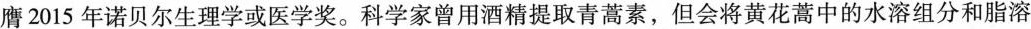
膺2015年诺贝尔生理学或医学奖。科学家曾用酒精提取青蒿素，但会将黄花蒿中的水溶组分和脂溶